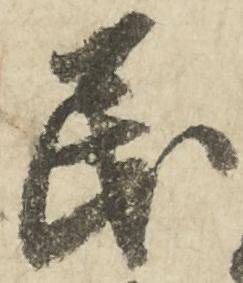
民